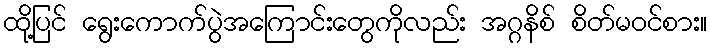
ထို့ပြင် ရွေးကောက်ပွဲအကြောင်းတွေကိုလည်း အဂ္ဂနိစ် စိတ်မဝင်စား။